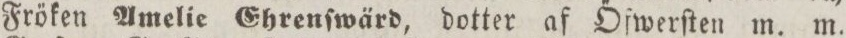
Fröken Amelie Ehrenſwärd, dotter af Őfwerſten m. m.